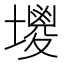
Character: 𡒇